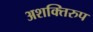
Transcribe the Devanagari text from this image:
अशक्तिरुप